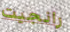
رانجيت